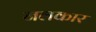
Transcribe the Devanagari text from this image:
नलकार